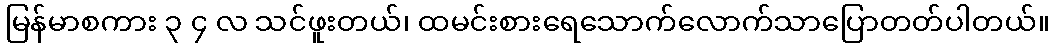
မြန်မာစကား ၃ ၄ လ သင်ဖူးတယ်၊ ထမင်းစားရေသောက်လောက်သာပြောတတ်ပါတယ်။